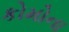
કોમોના